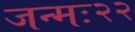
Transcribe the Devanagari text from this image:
जन्मः२२